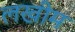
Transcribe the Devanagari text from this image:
लखीम